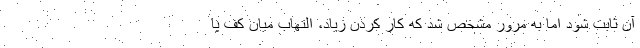
آن ثابت شود اما به مرور مشخص شد که کار کردن زیاد، التهاب میان کف پا